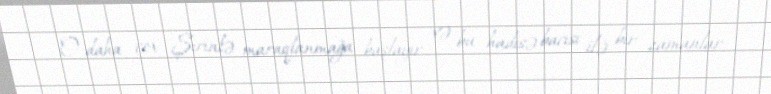
O daha çox Şirinlə maraqlanmağa başlayır və bu hadisə bacısı ilə bir zamanlar